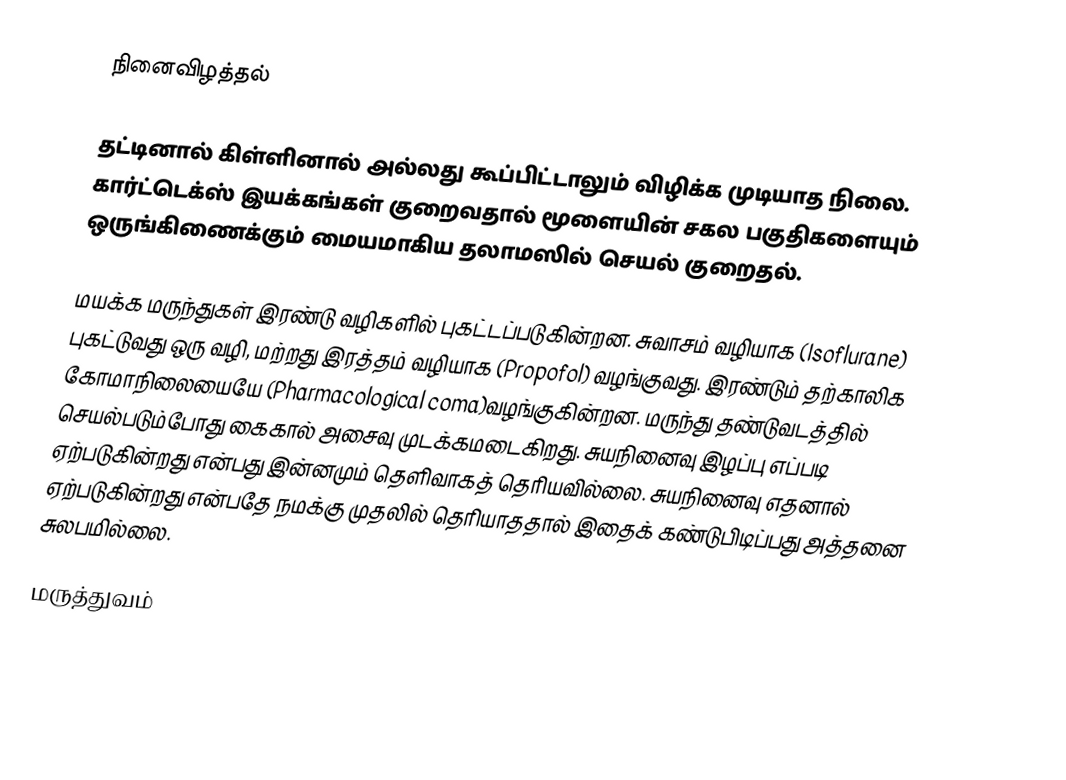
நினைவிழத்தல்

தட்டினால் கிள்ளினால் அல்லது கூப்பிட்டாலும் விழிக்க முடியாத நிலை. கார்ட்டெக்ஸ் இயக்கங்கள் குறைவதால் மூளையின் சகல பகுதிகளையும் ஒருங்கிணைக்கும் மையமாகிய தலாமஸில் செயல் குறைதல்.

மயக்க மருந்துகள் இரண்டு வழிகளில் புகட்டப்படுகின்றன. சுவாசம் வழியாக (Isoflurane) புகட்டுவது ஒரு வழி, மற்றது இரத்தம் வழியாக (Propofol) வழங்குவது. இரண்டும் தற்காலிக கோமாநிலையையே (Pharmacological coma)வழங்குகின்றன. மருந்து தண்டுவடத்தில் செயல்படும்போது கைகால் அசைவு முடக்கமடைகிறது. சுயநினைவு இழப்பு எப்படி ஏற்படுகின்றது என்பது இன்னமும் தெளிவாகத் தெரியவில்லை. சுயநினைவு எதனால் ஏற்படுகின்றது என்பதே நமக்கு முதலில் தெரியாததால் இதைக் கண்டுபிடிப்பது அத்தனை சுலபமில்லை.

மருத்துவம்